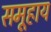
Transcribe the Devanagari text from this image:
समूहाय